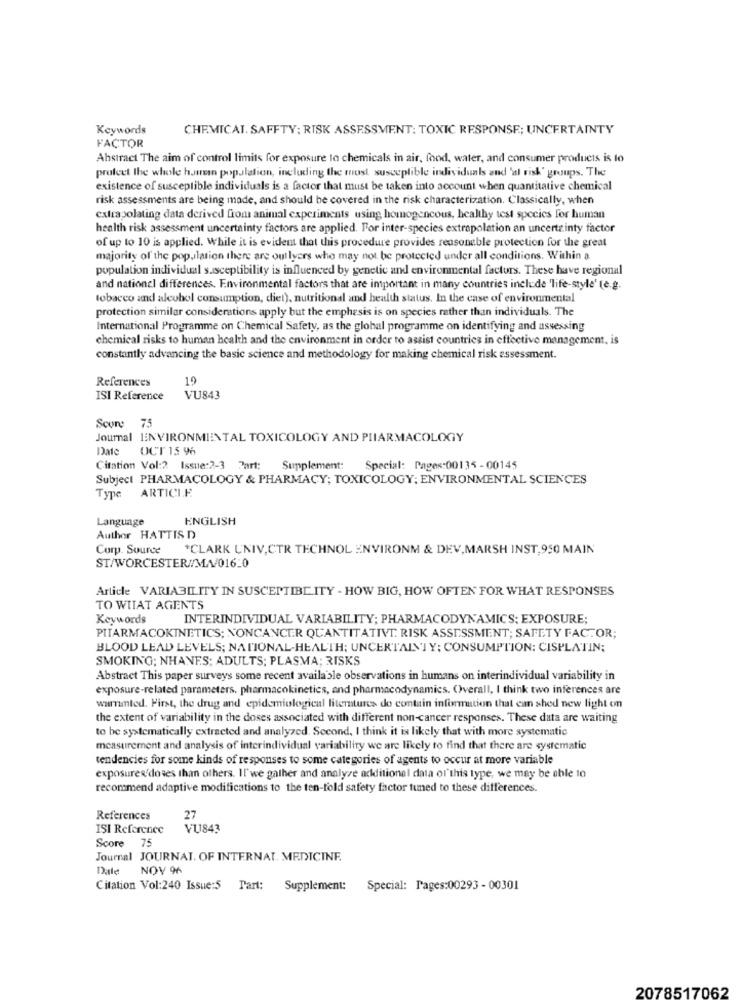
Keywords
CHEMICAL. SAFFTY; RISK ASSESSMENT: TOXIC RESPONSE; UNCERTAINTY
FACTOR
Abstract The aim of control limits for exposure to chemicals in air, food, water, and consumer products is lo
profeet the whole homes population, including the most susceptible individuals and 'al risk' groups. The
existence of susceptible individuals is a factor that must be taken into account when quantitative chemical
risk assessments are being made, and should be covered in the risk characterization. Classically, when
extrapolating data derived from animal experiments using homogencous, healthy test species for human
health risk assessment uncertainty factors are applied. For inter-species extrapolation an uncertainty factor
of up to 10 is applied. While it is evident that this procedure provides reasonable protection for the great
majority of the population there are outlyers who may not be protected under all conditions. Within a
population individual susceptibility is influenced by genetic and environmental factors. These have regional
and nationel differences. Environmental factors that are important in many countries include 'life-style' (e.g.
tobacco and alcohol consumption, diet), nutritional and health status. In the case of environmental
protection similar considerations apply but the emphasis is on species rather than individuals. The
International Programme on Chemical Safety, as the global programme on identifying and assessing
chemical risks to human health and the environment in order to assist countries in effective management. is
constantly advancing the basic science and methodology for making chemical risk assessment.
References
19
ISI Reference
VU843
Score 75
Journal ENVIRONMENTAL TOXICOLOGY AND PHARMACOLOGY
Date
OCT 15 6
Citation Vol :? Issue:2-3 Part:
Supplement: Special: Pages:00135 - 00145
Subject PHARMACOLOGY & PHARMACY; TOXICOLOGY; ENVIRONMENTAL SCIENCES
ARTICLE
Type
Language
ENGLISH
Author HATTIS D
Corp. Source
*CLARK UNIV,CTR TECHNOL ENVIRONM & DEV, MARSH INST,950 MAIN
ST/WORCESTER//MA/016-0
Article VARIABILITY IN SUSCEPTIBL ITY - HOW BIG, HOW OFTEN FOR WHAT RESPONSES
TO WIIAT AGENTS
Keywords
INTERINDIVIDUAL VARIABILITY; PHARMACODYNAMICS: EXPOSURE;
PITARMACOKINETICS; NONCANCER QUANTITATIVI. RISK ASSESSMENT; SAFETY FACTOR;
BLOOD LEAD LEVELS; NATIONAL-HEALTH; UNCERTAINTY; CONSUMPTION: CISPLATIN;
SMOKING; NHANES; ADULTS; PLASMA; RISKS
Abstract This paper surveys some recent available observations in humans on interindividual variability in
exposure-related parameters, pharmacokinetics, and pharmacodynamics. Overall, I think two inferences are
warmted. First, the drug and epidemiological literatures do contain information that can shed new light on
the extent of variability in the doses associated with different non-cancer responses. These data are waiting
to be systematically extracted and analyzed. Second, I think it is likely that with more systematic
measurement and analysis of interindividual variability we are likely to find that there are systematic
tendencies for some kinds of responses to some categories of agents to occur at more variable
exposures/doses than others. Il'we gather and analyze additionel data of this type, we may be able 10
recommend adaptive modifications to the ten-fold safety factor tuned to these differences.
References
27
ISI Reference
VU843
Score 75
Journal JOURNAL. OF INTERNAL. MEDICINE.
Dale
NOV 96
Citation Vol:240 Issue:5 Tart: Supplement: Special: Pages:00293 - 00301
2078517062